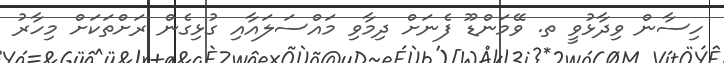
ހިސާން ވިދާޅުވީ ތ. ވޭމަންޑޫ ފެނަށް ދިމާވި މައްސަލައާއި ގުޅިގެން ރަށްތަކަށް މިހާރު